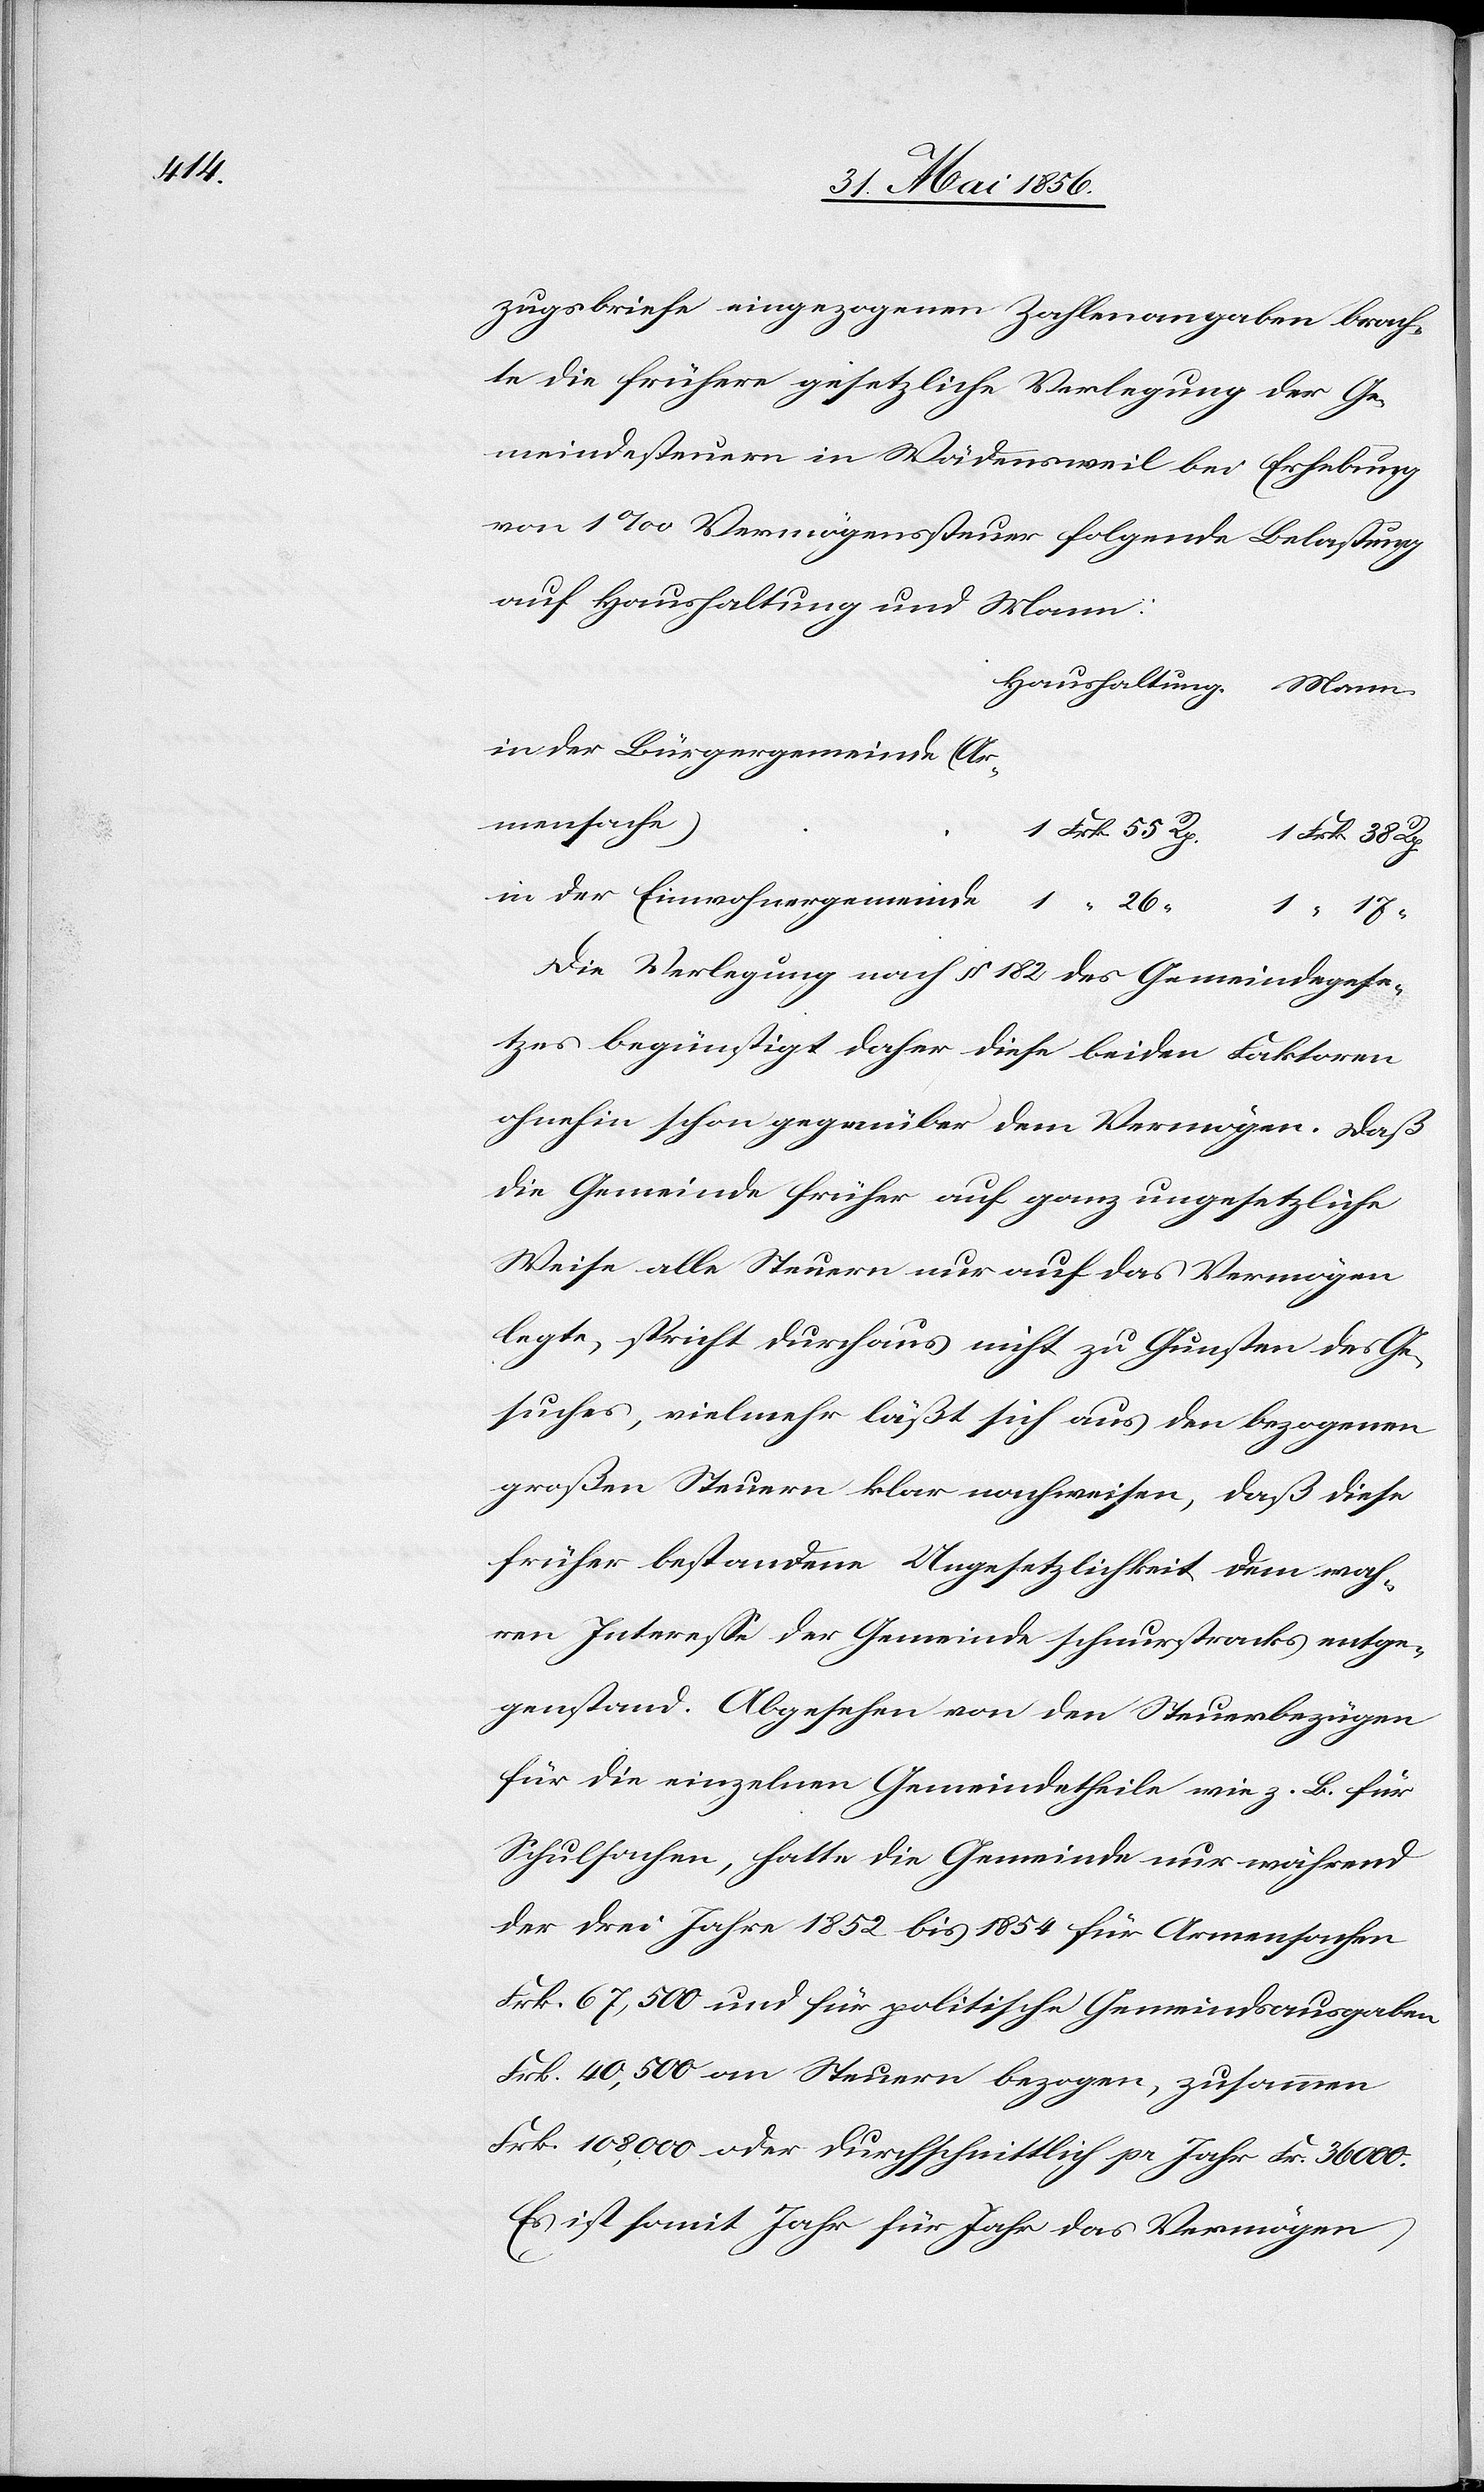
17

zugsbriefe eingezogenen Zahlenangaben brach¬
te die frühere gesetzliche Verlegung der Ge¬
meindesteuern in Wädensweil bei Erhebung
von 1‰ Vermögenssteuer folgende Belastung
auf Haushaltung und Mann:
in der Bürgergemeinde (Ar¬
mensache)
Die Verlegung nach § 182 des Gemeindegese¬
tzes begünstigt daher diese beiden Faktoren
ohnehin schon gegenüber dem Vermögen. Daß
die Gemeinde früher auf ganz ungesetzliche
Weise alle Steuern nur auf das Vermögen
legte, spricht durchaus nicht zu Gunsten des Ge¬
suches, vielmehr läßt sich aus den bezogenen
großen Steuern klar nachweisen, daß diese
früher bestandene Ungesetzlichkeit dem wah¬
ren Interesse der Gemeinde schnurstracks entge¬
genstand. Abgesehen von den Steuerbezügen
für die einzelnen Gemeindetheile wie z. B. für
Schulsachen, hatte die Gemeinde nur während
der drei Jahre 1852 bis 1854 für Armensachen
Frk. 67,500 und für politische Gemeindsausgaben
Frk. 40,500 an Steuern bezogen, zusammen
Frk. 108,000 oder durchschnittlich pr Jahr Fr. 36000.
55
Es ist somit Jahr für Jahr das Vermögen